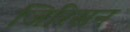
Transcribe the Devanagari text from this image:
जिरिसन